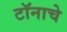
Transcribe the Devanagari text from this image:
टॉनाचे